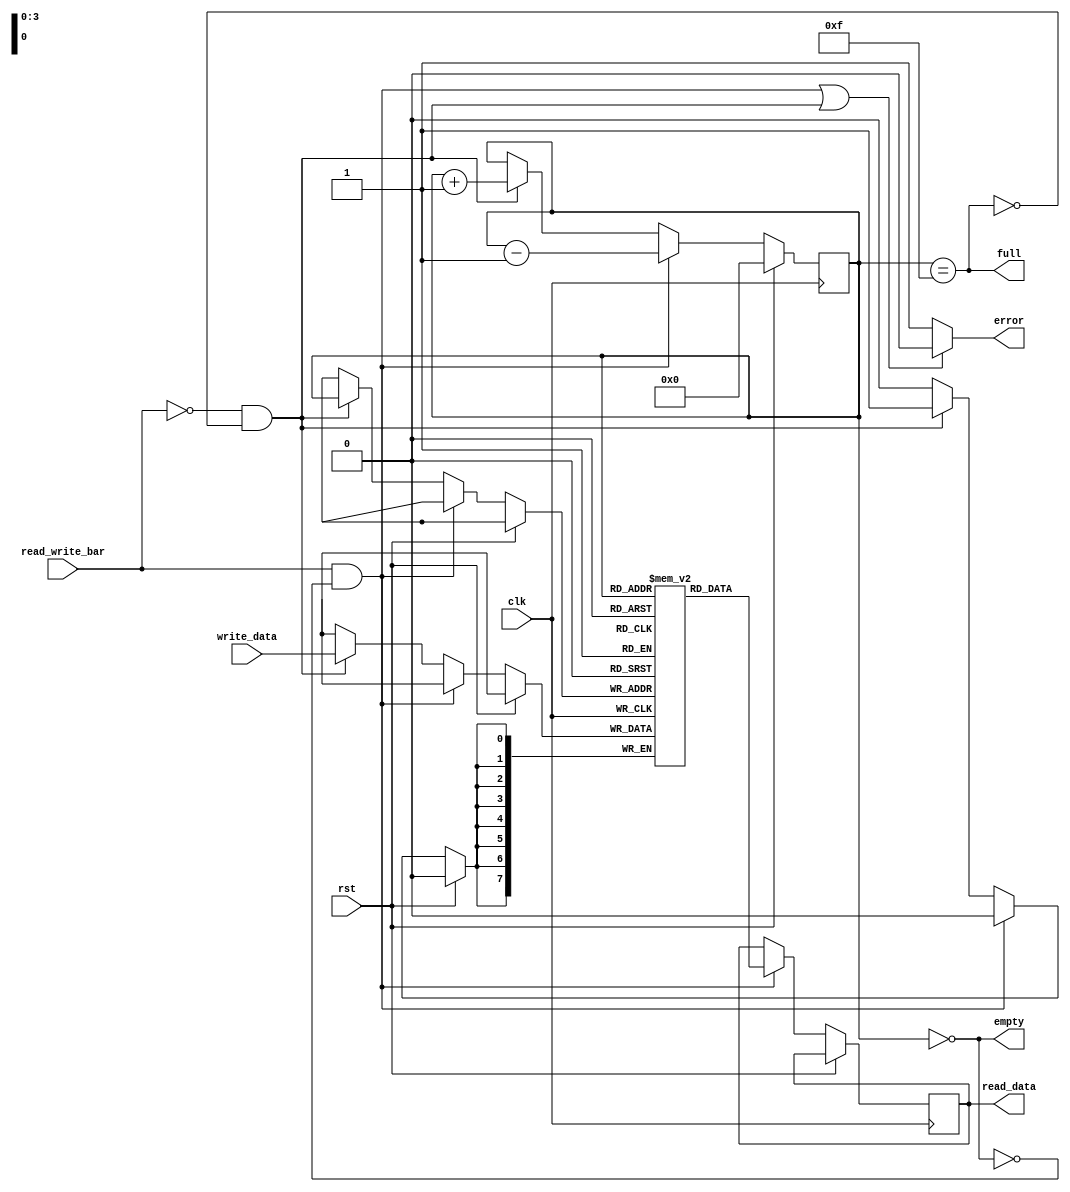
module lifo (clk,rst,read_write_bar,read_data,write_data,full,empty,error);

input  clk,rst;
input read_write_bar;
output reg [7:0] read_data; 
input [7:0] write_data;
output  error;
output full,empty;
reg [7:0] mem_fifo [15:0];
reg [3:0] addr;

assign full =(addr==4'b1111);
assign empty =(addr==4'b0000);
assign error = ( ( read_write_bar==1 && empty==0)||( read_write_bar==0 && full==0) ) ?0:1;

always @ (posedge clk) begin
    if (rst==1) begin
        addr<=4'b0000;
    end
    
    else if ( read_write_bar==1 && empty==0) begin :read
        read_data <=  mem_fifo[addr];
        addr<=addr-1;
    end

    else if  ( read_write_bar==0 && full==0) begin :write
      mem_fifo[addr]<=  write_data ;
        addr<=addr+1;   
    end

end   
endmodule